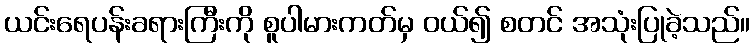
ယင်းရေပန်းခရားကြီးကို စူပါမားကတ်မှ ဝယ်၍ စတင် အသုံးပြုခဲ့သည်။